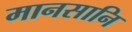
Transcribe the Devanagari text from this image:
मानसानि